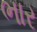
ભાર